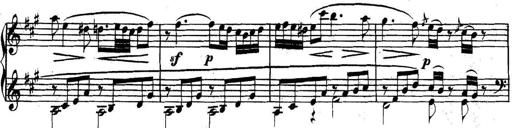
Title: Collected Piano Sonatas
Composer: Muzio Clementi